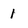
Character: I